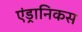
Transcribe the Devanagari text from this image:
एंड्रानिकस